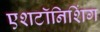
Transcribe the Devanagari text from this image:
एशटॉनिशिंग